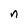
Character: n